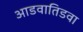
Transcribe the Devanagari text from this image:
आडवातिडवा